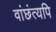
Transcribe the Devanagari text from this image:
वांछंत्यपि